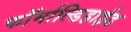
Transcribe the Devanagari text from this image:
फॉर्माल्डिहाईड